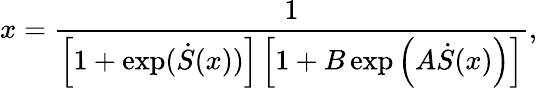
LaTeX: x=\frac{1}{\left[1+\exp(\dot{S}(x))\right]\left[1+B\exp\left(A\dot{S}(x)\right)\right]},